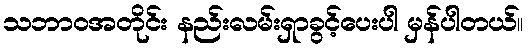
သဘာဝအတိုင်း နည်းလမ်းရှာခွင့်ပေးပါ မှန်ပါတယ်။